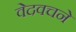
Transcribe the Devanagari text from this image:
वेदवचने